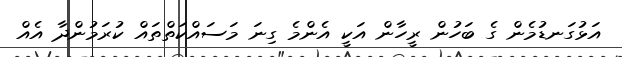
އަޅުގަނޑުމެން ގެ ބަހުން ރީހާން އަކީ އެންމެ ގިނަ މަސައްކަތްތައް ކުރަމުންދާ އެއް